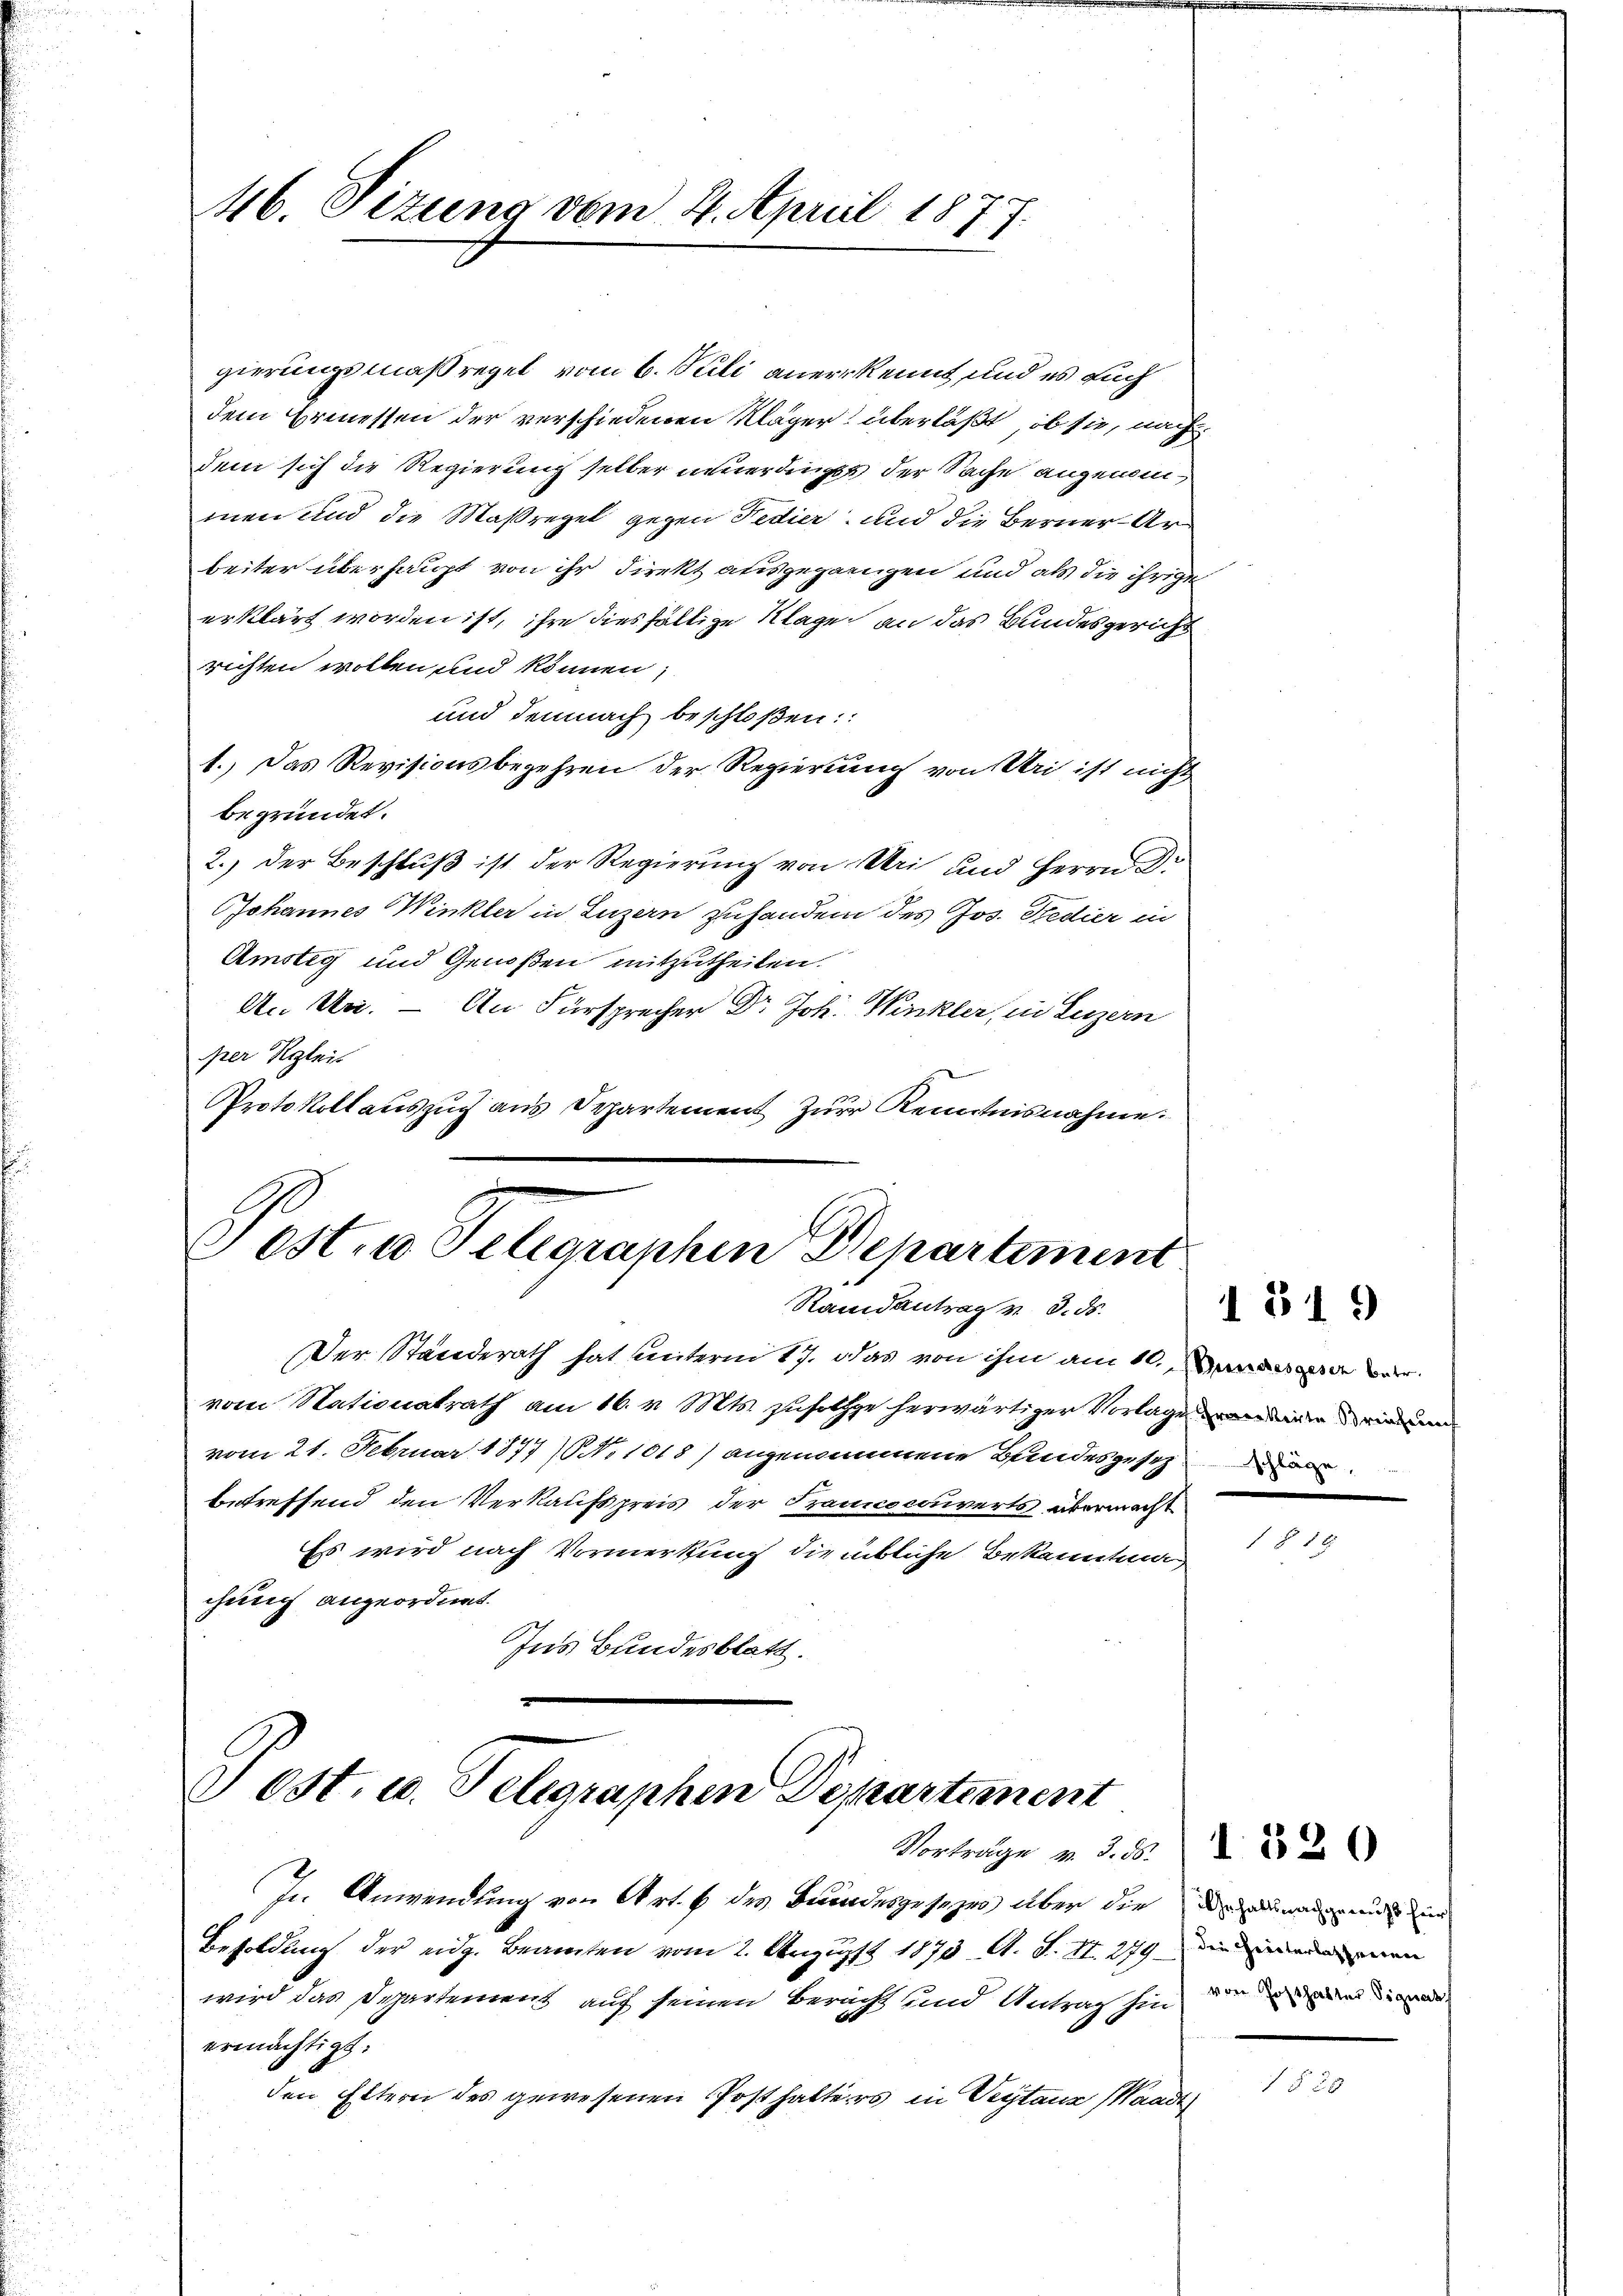
46. Sizung vom 4. April 18

gierungsmaßregel vom 6. Juli anerkennt, und es auch
dem Ermessen der verschiedenen Kläger überläßt, ob sie, nach
dem sich die Regierung selber neuerdingt der Sache angenommen und die Maßregel gegen Fedier, und die Berner Arbeiter überhaupt von ihr Direkt ausgegangen und als die ihrige
erklärt worden ist, ihre diesfällige Klage an das Bundesgericht
richten wollen und können;
und demnach beschloßen:
1.) Das Revisionsbegehren der Regierung von Uri ist nicht
begründet.
2.) Der Beschluß ist der Regierung von Uri und Herrn Dr
Johannes Winkler in Luzern zuhandern des Jos. Redier in
Ämstig und Genoßen mitzutheilen.
An Un. – An Fürsprecher Dr Joh. Winkler, in Luzern
per Reglei
Protokollauszug aus Departement zur Kenntnisnahme.

Post. a Telegraphen Departement
Randantrag v. 3. ds.

Der Standerath hat unterm 17. Das von ihm am 10. Das war
vom Nationalrath am 16. v. Mts. zufolge herwärtiger Vorlage der ein
vom 21. Februar 1877 No 1018) angenommene Bandesgesetz de
betreffend den Verkaufspreis der Francocouverts übermacht
Es wird nach Vormerkung die übliche Bekanntni
chung angeordnet.
Ins Bundesblatt.

Post. u. Telegraphen Departement
Vorträge v. 3. ds.

In Anwendung von Art. 6 des Bundesgesezes über die
Besoldung der eidg. Beamten vom 2. August 1873 A. S. II. 279 die ein men
wird das Departement auf seinen Beracht und Antrag hin der
ermächtigt.
den Eltern des gewesenen Posthalters in Vertane (Waadt

s

1319

Gehaltsnachgewiss für

1320

1520